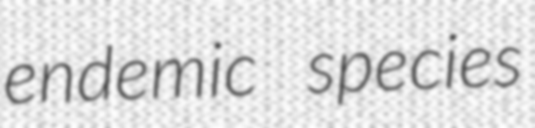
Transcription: endemic species